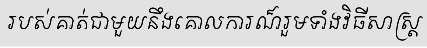
របស់គាត់ជាមួយនឹងគោលការណ៏រួមទាំងវិធីសាស្ត្រ